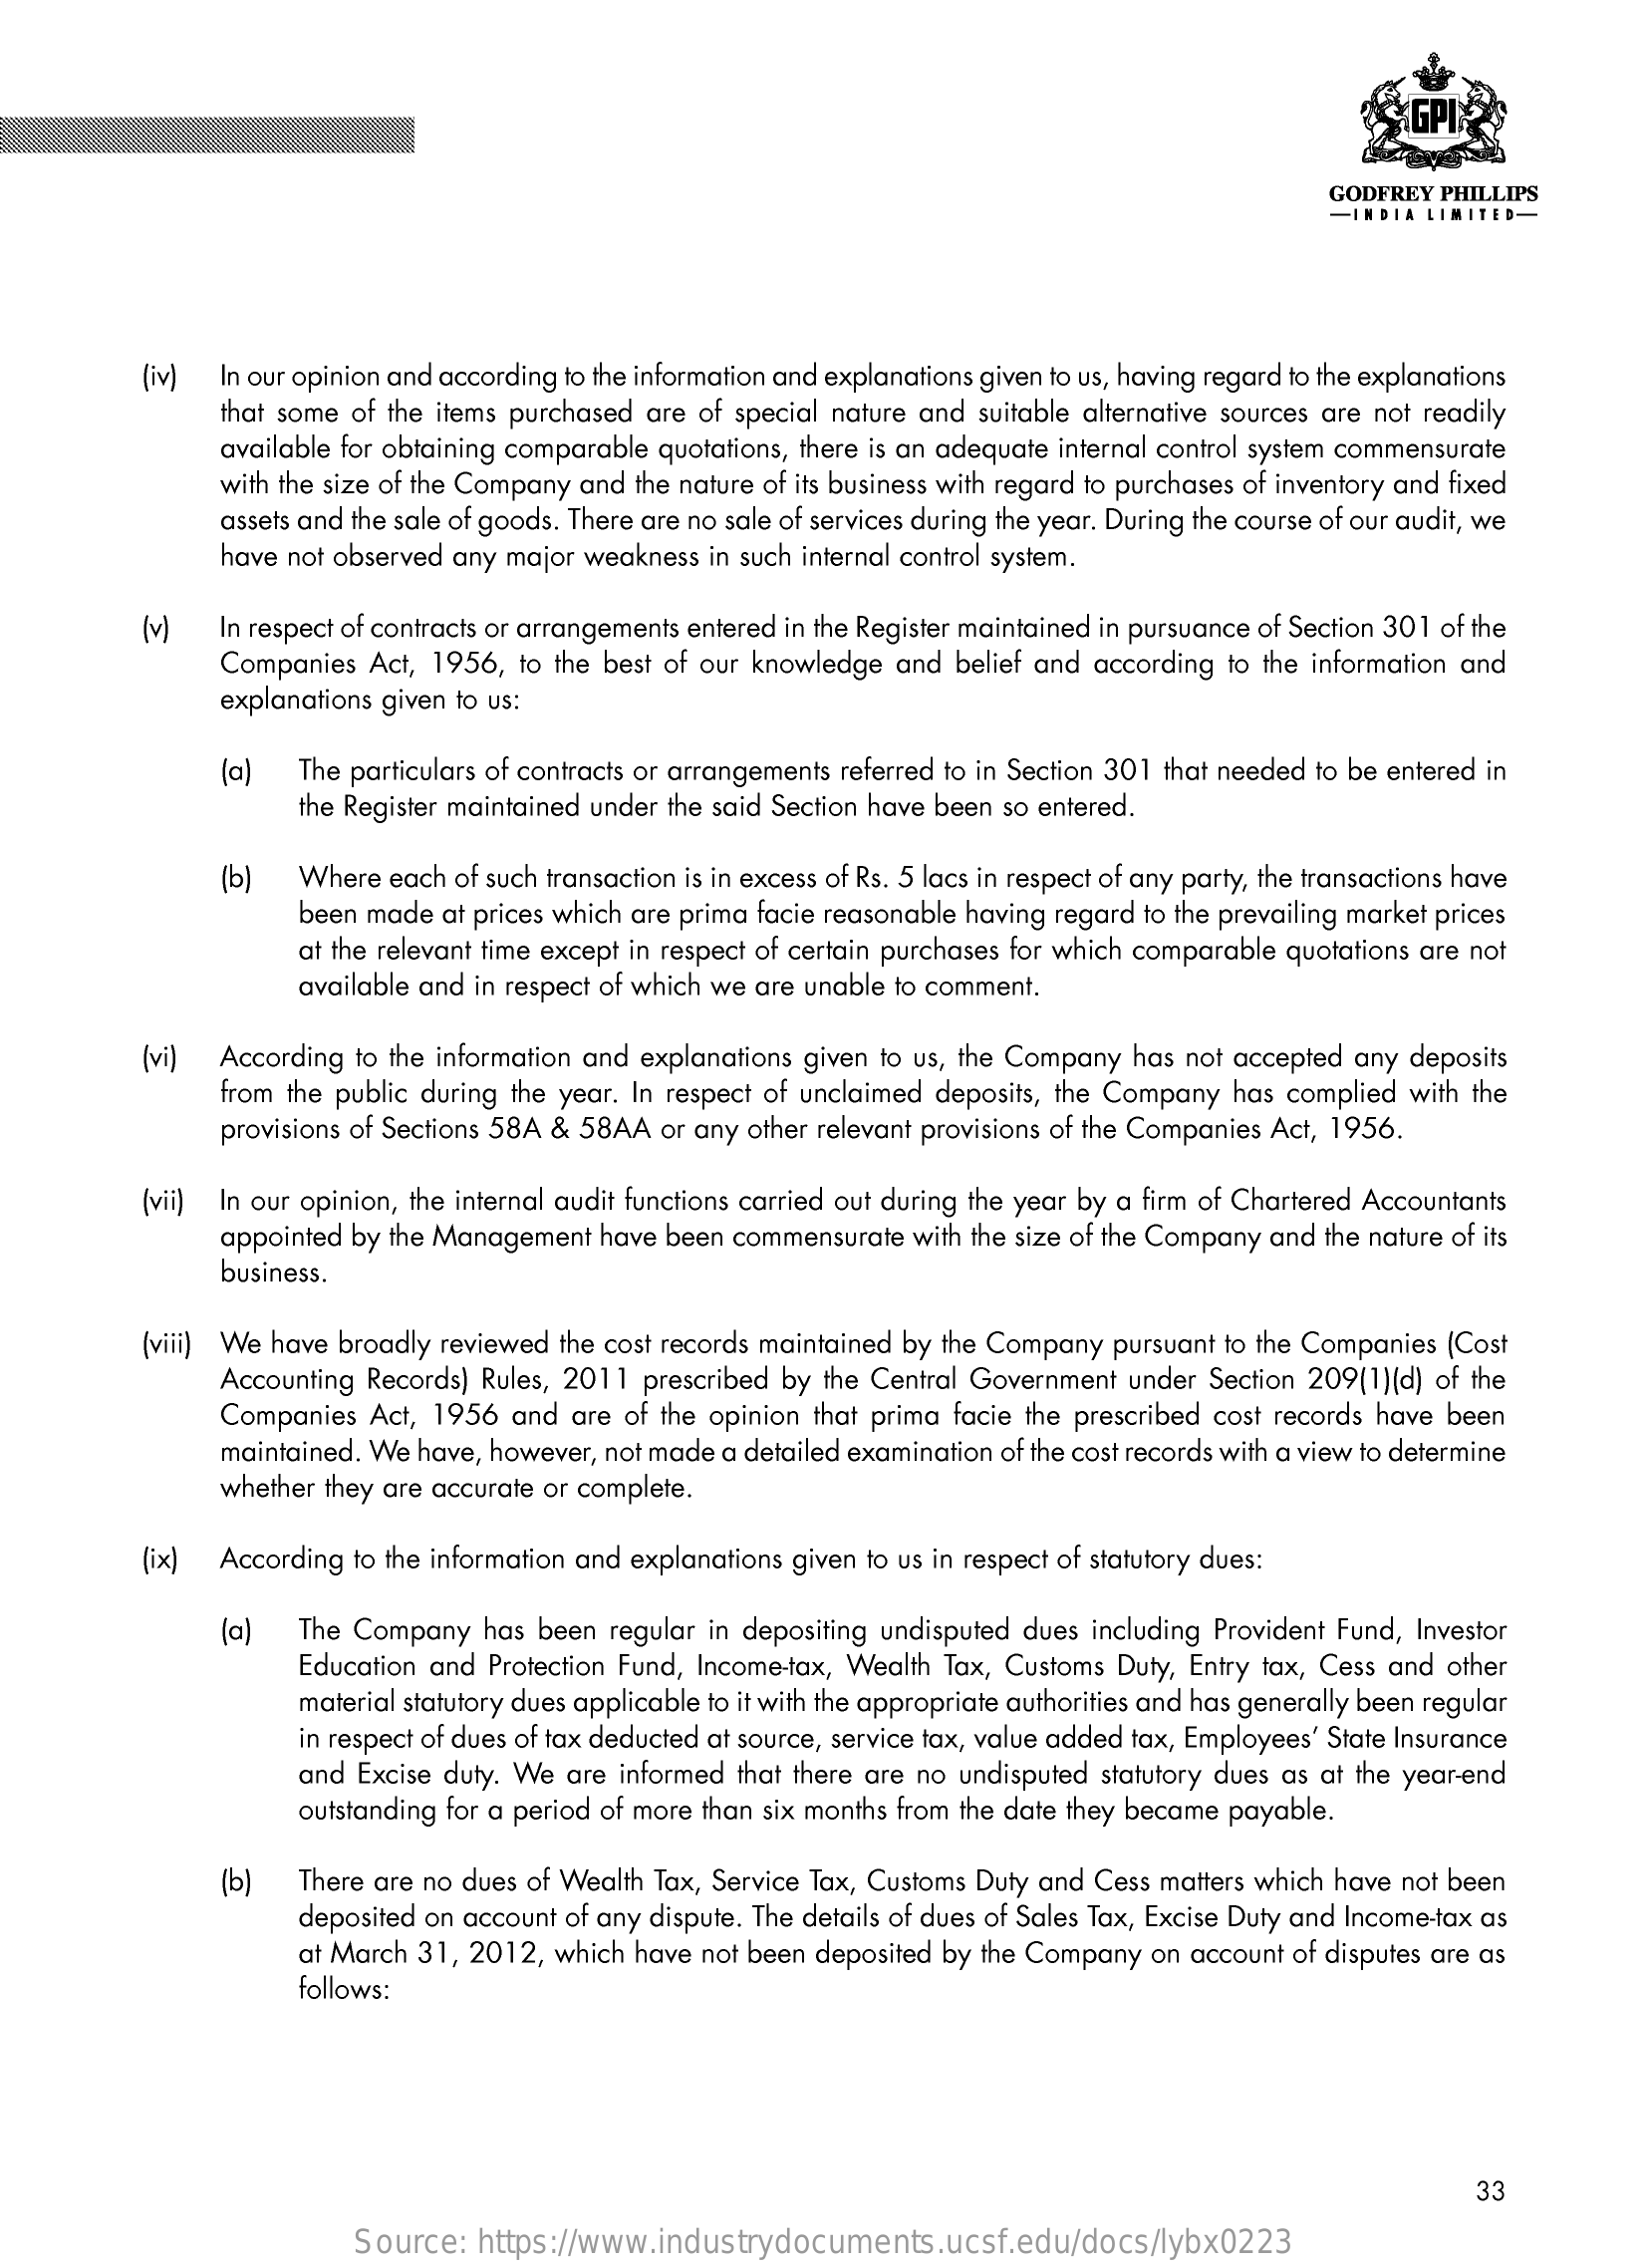
GODFREY PHILLIPS
     -INDIA LIMITED-
     (iv) In our opinion and according to the information and explanations given to us, having regard to the explanations
     that some of the items purchased are of special nature and suitable alternative sources are not readily
     available for obtaining comparable quotations, there is an adequate internal control system commensurate
     with the size of the Company and the nature of its business with regard to purchases of inventory and fixed
     assets and the sale of goods. There are no sale of services during the year. During the course of our audit, we
     have not observed any major weakness in such internal control system.
     (v)   In respect of contracts or arrangements entered in the Register maintained in pursuance of Section 301 of the
     Companies Act, 1956, to the best of our knowledge and belief and according to the information and
     explanations given to us:
     (a)  The particulars of contracts or arrangements referred to in Section 301 that needed to be entered in
     the Register maintained under the said Section have been so entered.
     (b)  Where  each of such transaction is in excess of Rs. 5 lacs in respect of any party, the transactions have
     been made at prices which are prima facie reasonable having regard to the prevailing market prices
     at the relevant time except in respect of certain purchases for which comparable quotations are not
     available and in respect of which we are unable to comment.
     (vi)  According to the information and explanations given to us, the Company has not accepted any deposits
     from the public during the year. In respect of unclaimed deposits, the Company has complied with the
     provisions of Sections 58A & 58AA or any other relevant provisions of the Companies Act, 1956.
     (vii) In our opinion, the internal audit functions carried out during the year by a firm of Chartered Accountants
     appointed by the Management have been commensurate with the size of the Company and the nature of its
     business.
     (viii) We have broadly reviewed the cost records maintained by the Company pursuant to the Companies (Cost
     Accounting Records) Rules, 2011 prescribed by the Central Government under Section 209(1)(d) of the
     Companies Act, 1956  and are of the opinion that prima facie the prescribed cost records have been
     maintained. We have, however, not made a detailed examination of the cost records with a view to determine
     whether they are accurate or complete.
     (ix)  According to the information and explanations given to us in respect of statutory dues:
     The Company   has been regular in depositing undisputed dues including Provident Fund, Investor
     Education and Protection Fund, Income-tax, Wealth Tax, Customs Duty, Entry tax, Cess and other
     material statutory dues applicable to it with the appropriate authorities and has generally been regular
     in respect of dues of tax deducted at source, service tax, value added tax, Employees' State Insurance
     and Excise duty. We are informed that there are no undisputed statutory dues as at the year-end
     outstanding for a period of more than six months from the date they became payable.
     (b)  There are no dues of Wealth Tax, Service Tax, Customs Duty and Cess matters which have not been
     deposited on account of any dispute. The details of dues of Sales Tax, Excise Duty and Income-tax as
     at March 31, 2012, which have not been deposited by the Company on account of disputes are as
     follows:
     33
     Source:  https://www.industrydocuments.ucsf.edu/docs/lybx0223